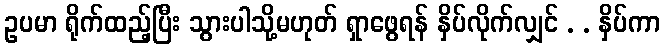
ဥပမာ ရိုက်ထည့်ပြီး သွားပါသို့မဟုတ် ရှာဖွေရန် နှိပ်လိုက်လျှင် . . နှိပ်ကာ